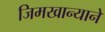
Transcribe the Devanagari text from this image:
जिमखान्याने